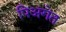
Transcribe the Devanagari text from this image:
पिअगेत